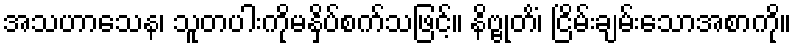
အသဟာသေန၊ သူတပါးကိုမနှိပ်စက်သဖြင့်။ နိဗ္ဗုတိံ၊ ငြိမ်းချမ်းသောအစာကို။